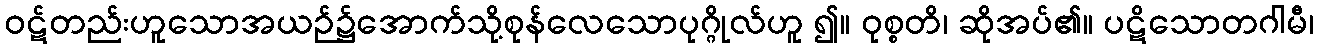
ဝဋ်တည်းဟူသောအယဉ်၌အောက်သို့စုန်လေသောပုဂ္ဂိုလ်ဟူ ၍။ ဝုစ္စတိ၊ ဆိုအပ်၏။ ပဋိသောတဂါမီ၊